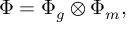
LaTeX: \Phi = \Phi _ { g } \otimes \Phi _ { m } ,